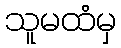
သူမထံမှ